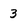
Character: 3